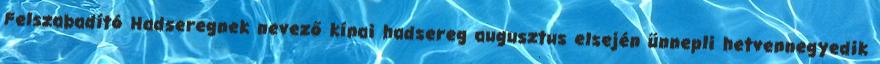
Felszabadító Hadseregnek nevező kínai hadsereg augusztus elsején ünnepli hetvennegyedik